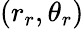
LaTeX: (r_{r},\theta_{r})